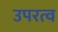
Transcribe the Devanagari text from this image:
उपरत्व